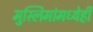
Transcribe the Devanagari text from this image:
मुस्लिमांमध्येही